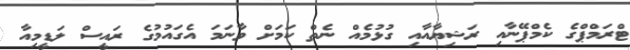
ޓްރަމްޕްގެ ކެމްޕޭނާއި ރަޝިޔާއާއި ގުޅުމެއް ނެތް ކަމަށް ވާނަމަ އެގައުމުގެ ރައީސް ލަޑީމިއާ